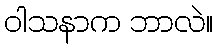
ဝါသနာက ဘာလဲ။